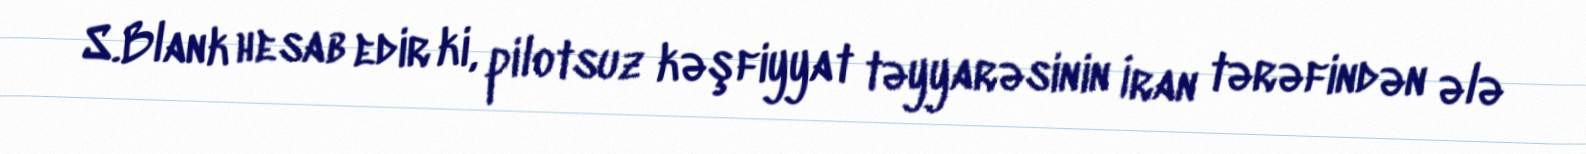
S.Blank hesab edir ki, pilotsuz kəşfiyyat təyyarəsinin İran tərəfindən ələ